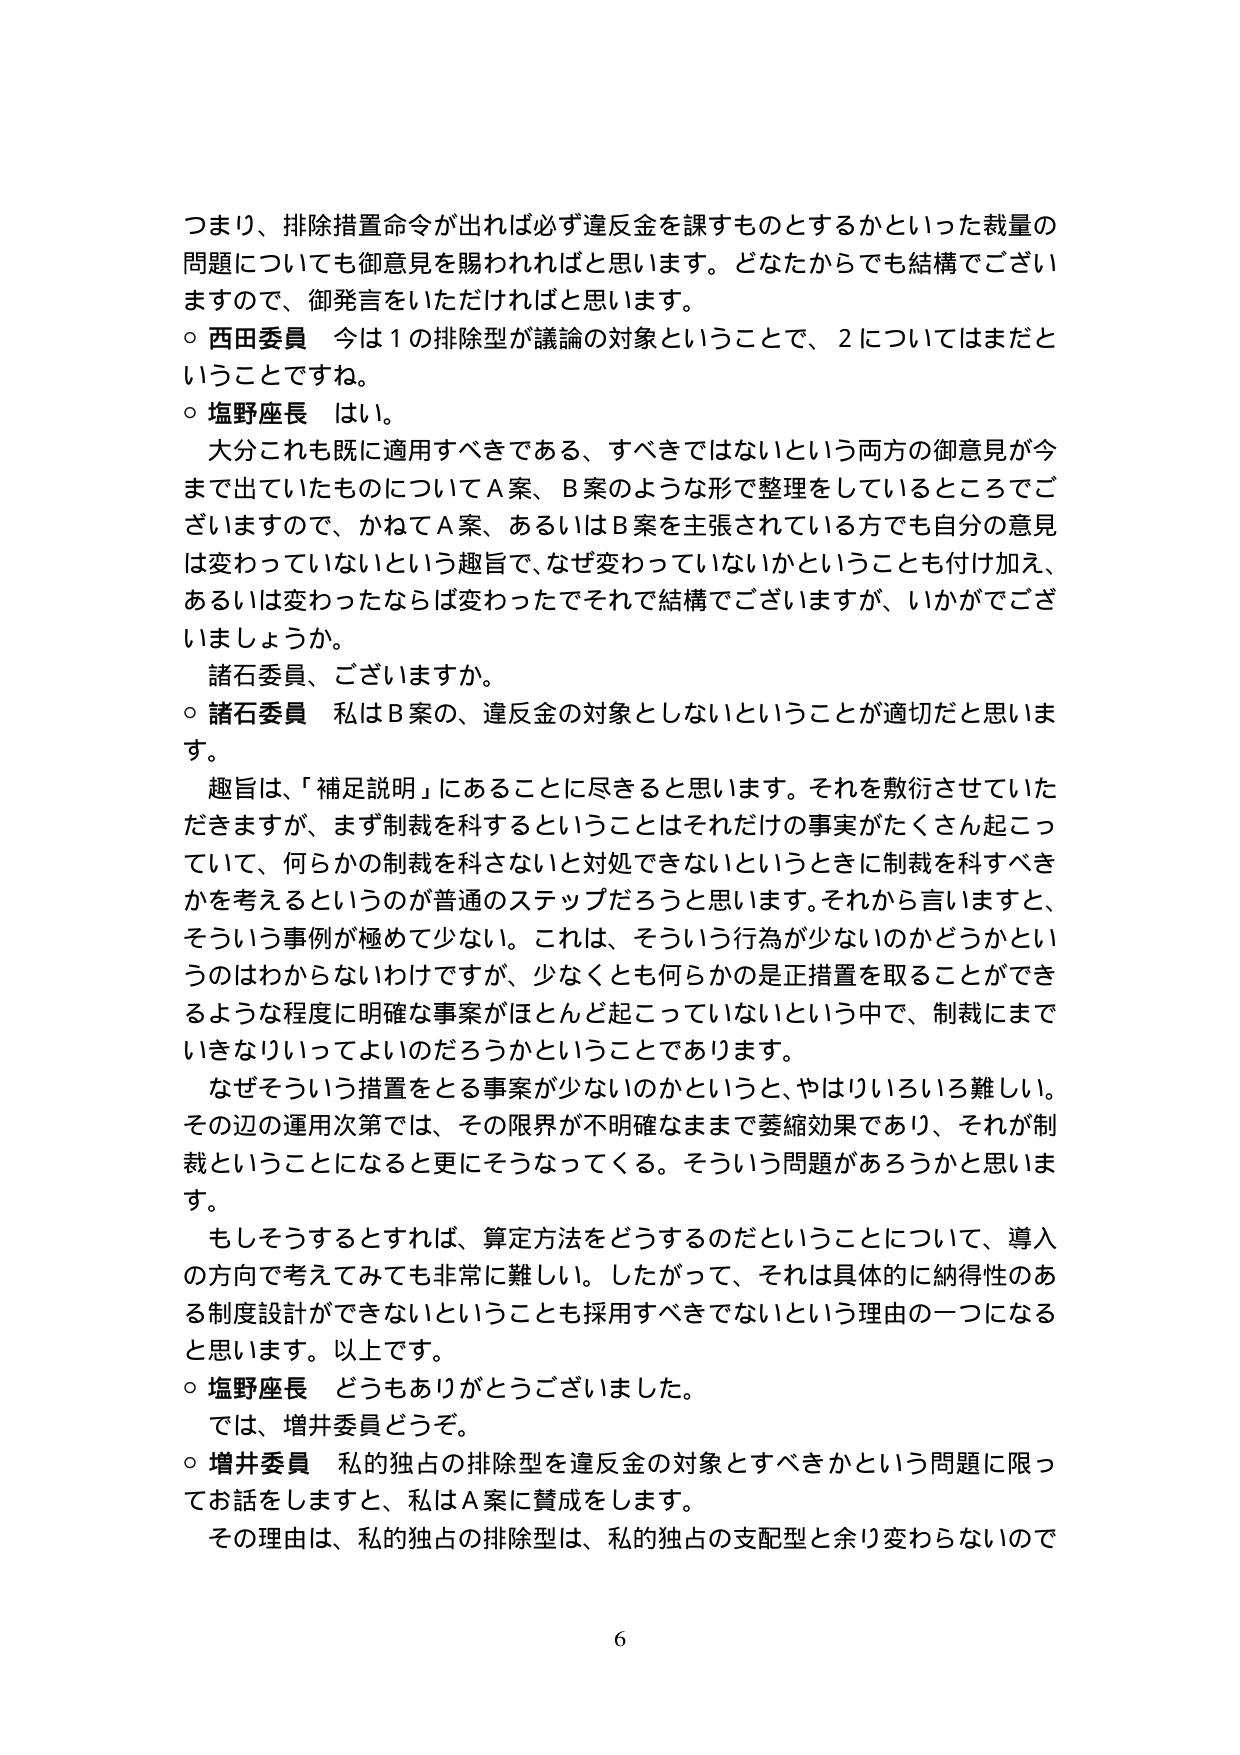
つまり、排除措置命令が出れば必ず違反金を課すものとするかといった裁量の
問題についても御意見を賜われればと思います。どなたからでも結構でござい
ますので、御発言をいただければと思います。
○ 西田委員 今は１の排除型が議論の対象ということで、２についてはまだと
いうことですね。
○ 塩野座長 はい。
　大分これも既に適用すべきである、すべきではないという両方の御意見が今
まで出ていたものについてＡ案、Ｂ案のような形で整理をしているところでご
ざいますので、かねてＡ案、あるいはＢ案を主張されている方でも自分の意見
は変わっていないという趣旨で、なぜ変わっていないかということも付け加え、
あるいは変わったならば変わったでそれで結構でございますが、いかがでござ
いましょうか。
　諸石委員、ございますか。
○ 諸石委員 私はＢ案の、違反金の対象としないということが適切だと思いま
す。
　趣旨は、「補足説明」にあることに尽きると思います。それを敷衍させていた
だきますが、まず制裁を科するということはそれだけの事実がたくさん起こっ
ていて、何らかの制裁を科さないと対処できないというときに制裁を科すべき
かを考えるというのが普通のステップだろうと思います。それから言いますと、
そういう事例が極めて少ない。これは、そういう行為が少ないのかどうかとい
うのはわからないわけですが、少なくとも何らかの是正措置を取ることができ
るような程度に明確な事案がほとんど起こっていないという中で、制裁にまで
いきなりいってよいのだろうかということであります。
　なぜそういう措置をとる事案が少ないのかというと、やはりいろいろ難しい。
その辺の運用次第では、その限界が不明確なままで萎縮効果であり、それが制
裁ということになると更にそうなってくる。そういう問題があろうかと思いま
す。
　もしそうするとすれば、算定方法をどうするのだということについて、導入
の方向で考えてみても非常に難しい。したがって、それは具体的に納得性のあ
る制度設計ができないということも採用すべきでないという理由の一つになる
と思います。以上です。
○ 塩野座長 どうもありがとうございました。
　では、増井委員どうぞ。
○ 増井委員 私的独占の排除型を違反金の対象とすべきかという問題に限っ
てお話をしますと、私はＡ案に賛成をします。
　その理由は、私的独占の排除型は、私的独占の支配型と余り変わらないので

6